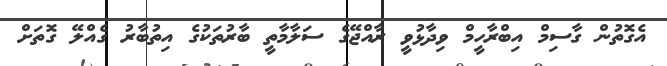
އެގޮތުން ގާސިމް އިބްރާހީމް ވިދާޅުވީ ރާއްޖޭގެ ސަލާމާތީ ބާރުތަކުގެ އިތުބާރު ގެއްލޭ ގޮތަށް